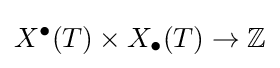
X^{\bullet }(T)\times X_{\bullet }(T)\to \mathbb {Z}